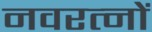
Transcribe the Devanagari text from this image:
नवरत्‍नों